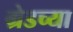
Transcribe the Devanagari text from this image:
ग्रेडच्या